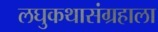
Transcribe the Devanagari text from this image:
लघुकथासंग्रहाला